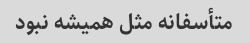
متأسفانه مثل همیشه نبود